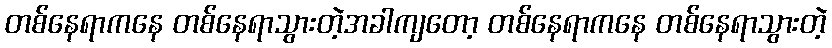
တစ်နေရာကနေ တစ်နေရာသွားတဲ့အခါကျတော့ တစ်နေရာကနေ တစ်နေရာသွားတဲ့